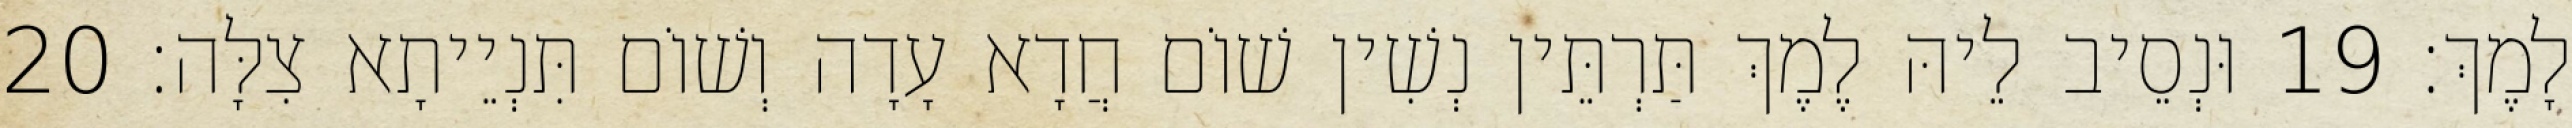
לָמֶךְ׃ 19 וּנְסֵיב לֵיהּ לֶמֶךְ תַּרְתֵּין נְשִׁין שׁוֹם חֲדָא עָדָה וְשׁוֹם תִּנְיֵיתָא צִלָּה׃ 20